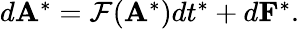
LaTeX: \begin{array}{r}{\begin{array}{r}{d{\mathbf{A}}^{*}=\mathcal{F}({\mathbf{A}}^{*})dt^{*}+d{\mathbf{F}}^{*}.}\end{array}}\end{array}